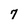
Character: 7